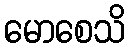
မောစေသိ